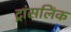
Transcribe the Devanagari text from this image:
ट्रांसलिंक